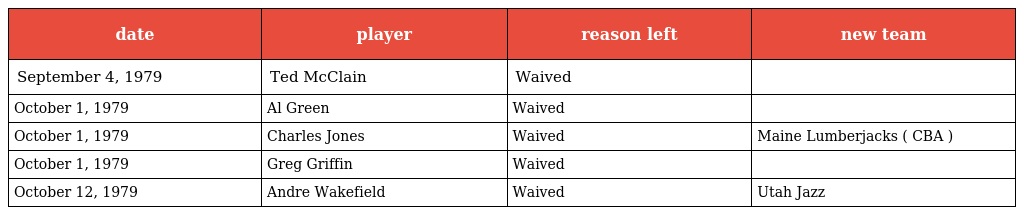
| date | player | reason left | new team |
 | --- | --- | --- | --- |
 | September 4, 1979 | Ted McClain | Waived |  |
 | October 1, 1979 | Al Green | Waived |  |
 | October 1, 1979 | Charles Jones | Waived | Maine Lumberjacks ( CBA ) |
 | October 1, 1979 | Greg Griffin | Waived |  |
 | October 12, 1979 | Andre Wakefield | Waived | Utah Jazz |